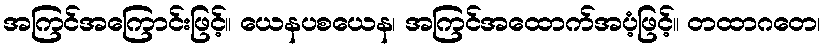
အကြင်အကြောင်းဖြင့်။ ယေနပစယေန၊ အကြင်အထောက်အပံ့ဖြင့်။ တထာဂတေ၊